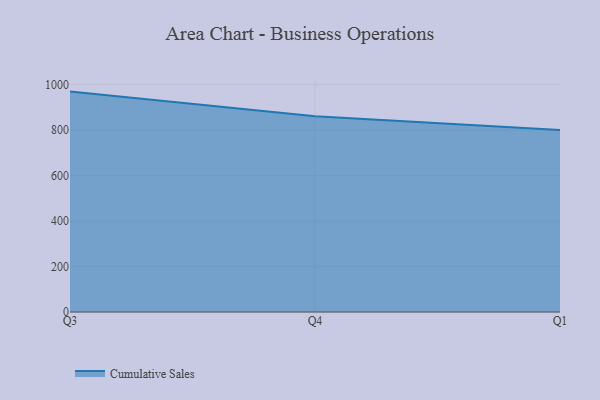
{"axis": {"x": "Quarter", "y": "Inventory Turnover"}, "legend": ["Cumulative Sales"], "data": [{"x": "Q3", "y": 969.2, "type": "Cumulative Sales"}, {"x": "Q4", "y": 860.7, "type": "Cumulative Sales"}, {"x": "Q1", "y": 800, "type": "Cumulative Sales"}]}